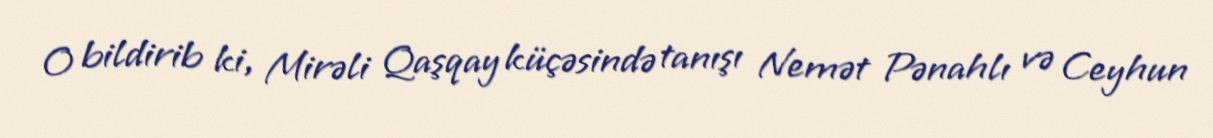
O bildirib ki, Mirəli Qaşqay küçəsində tanışı Nemət Pənahlı və Ceyhun